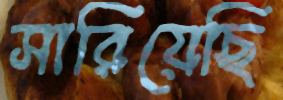
সারিয়েছি